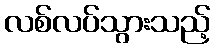
လစ်လပ်သွားသည့်